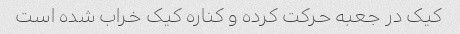
کیک در جعبه حرکت کرده و کناره کیک خراب شده است